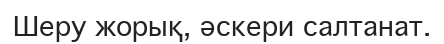
Шеру жорық, әскери салтанат.